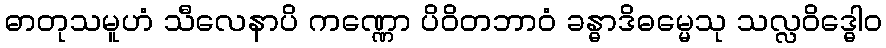
ဓာတုသမူဟံ သီလေနာပိ ကဏ္ဏော ပိဝိတဘာဝံ ခန္ဓာဒိဓမ္မေသု သလ္လဝိဒ္ဓေါဝ